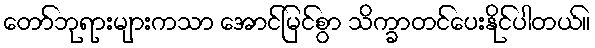
တော်ဘုရားများကသာ အောင်မြင်စွာ သိက္ခာတင်ပေးနိုင်ပါတယ်။